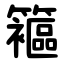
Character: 䉱